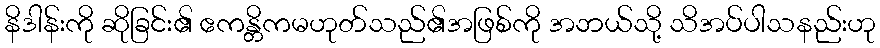
နိဒါန်းကို ဆိုခြင်း၏ ဧကန္တိကမဟုတ်သည်၏အဖြစ်ကို အဘယ်သို့ သိအပ်ပါသနည်းဟု